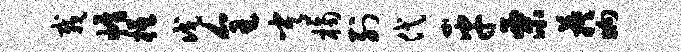
栽帷柢戊全常桷列代平栗蔟晌